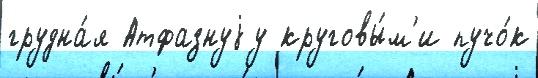
грудна́я Атфазнуjу круговы́м'и пучо́к